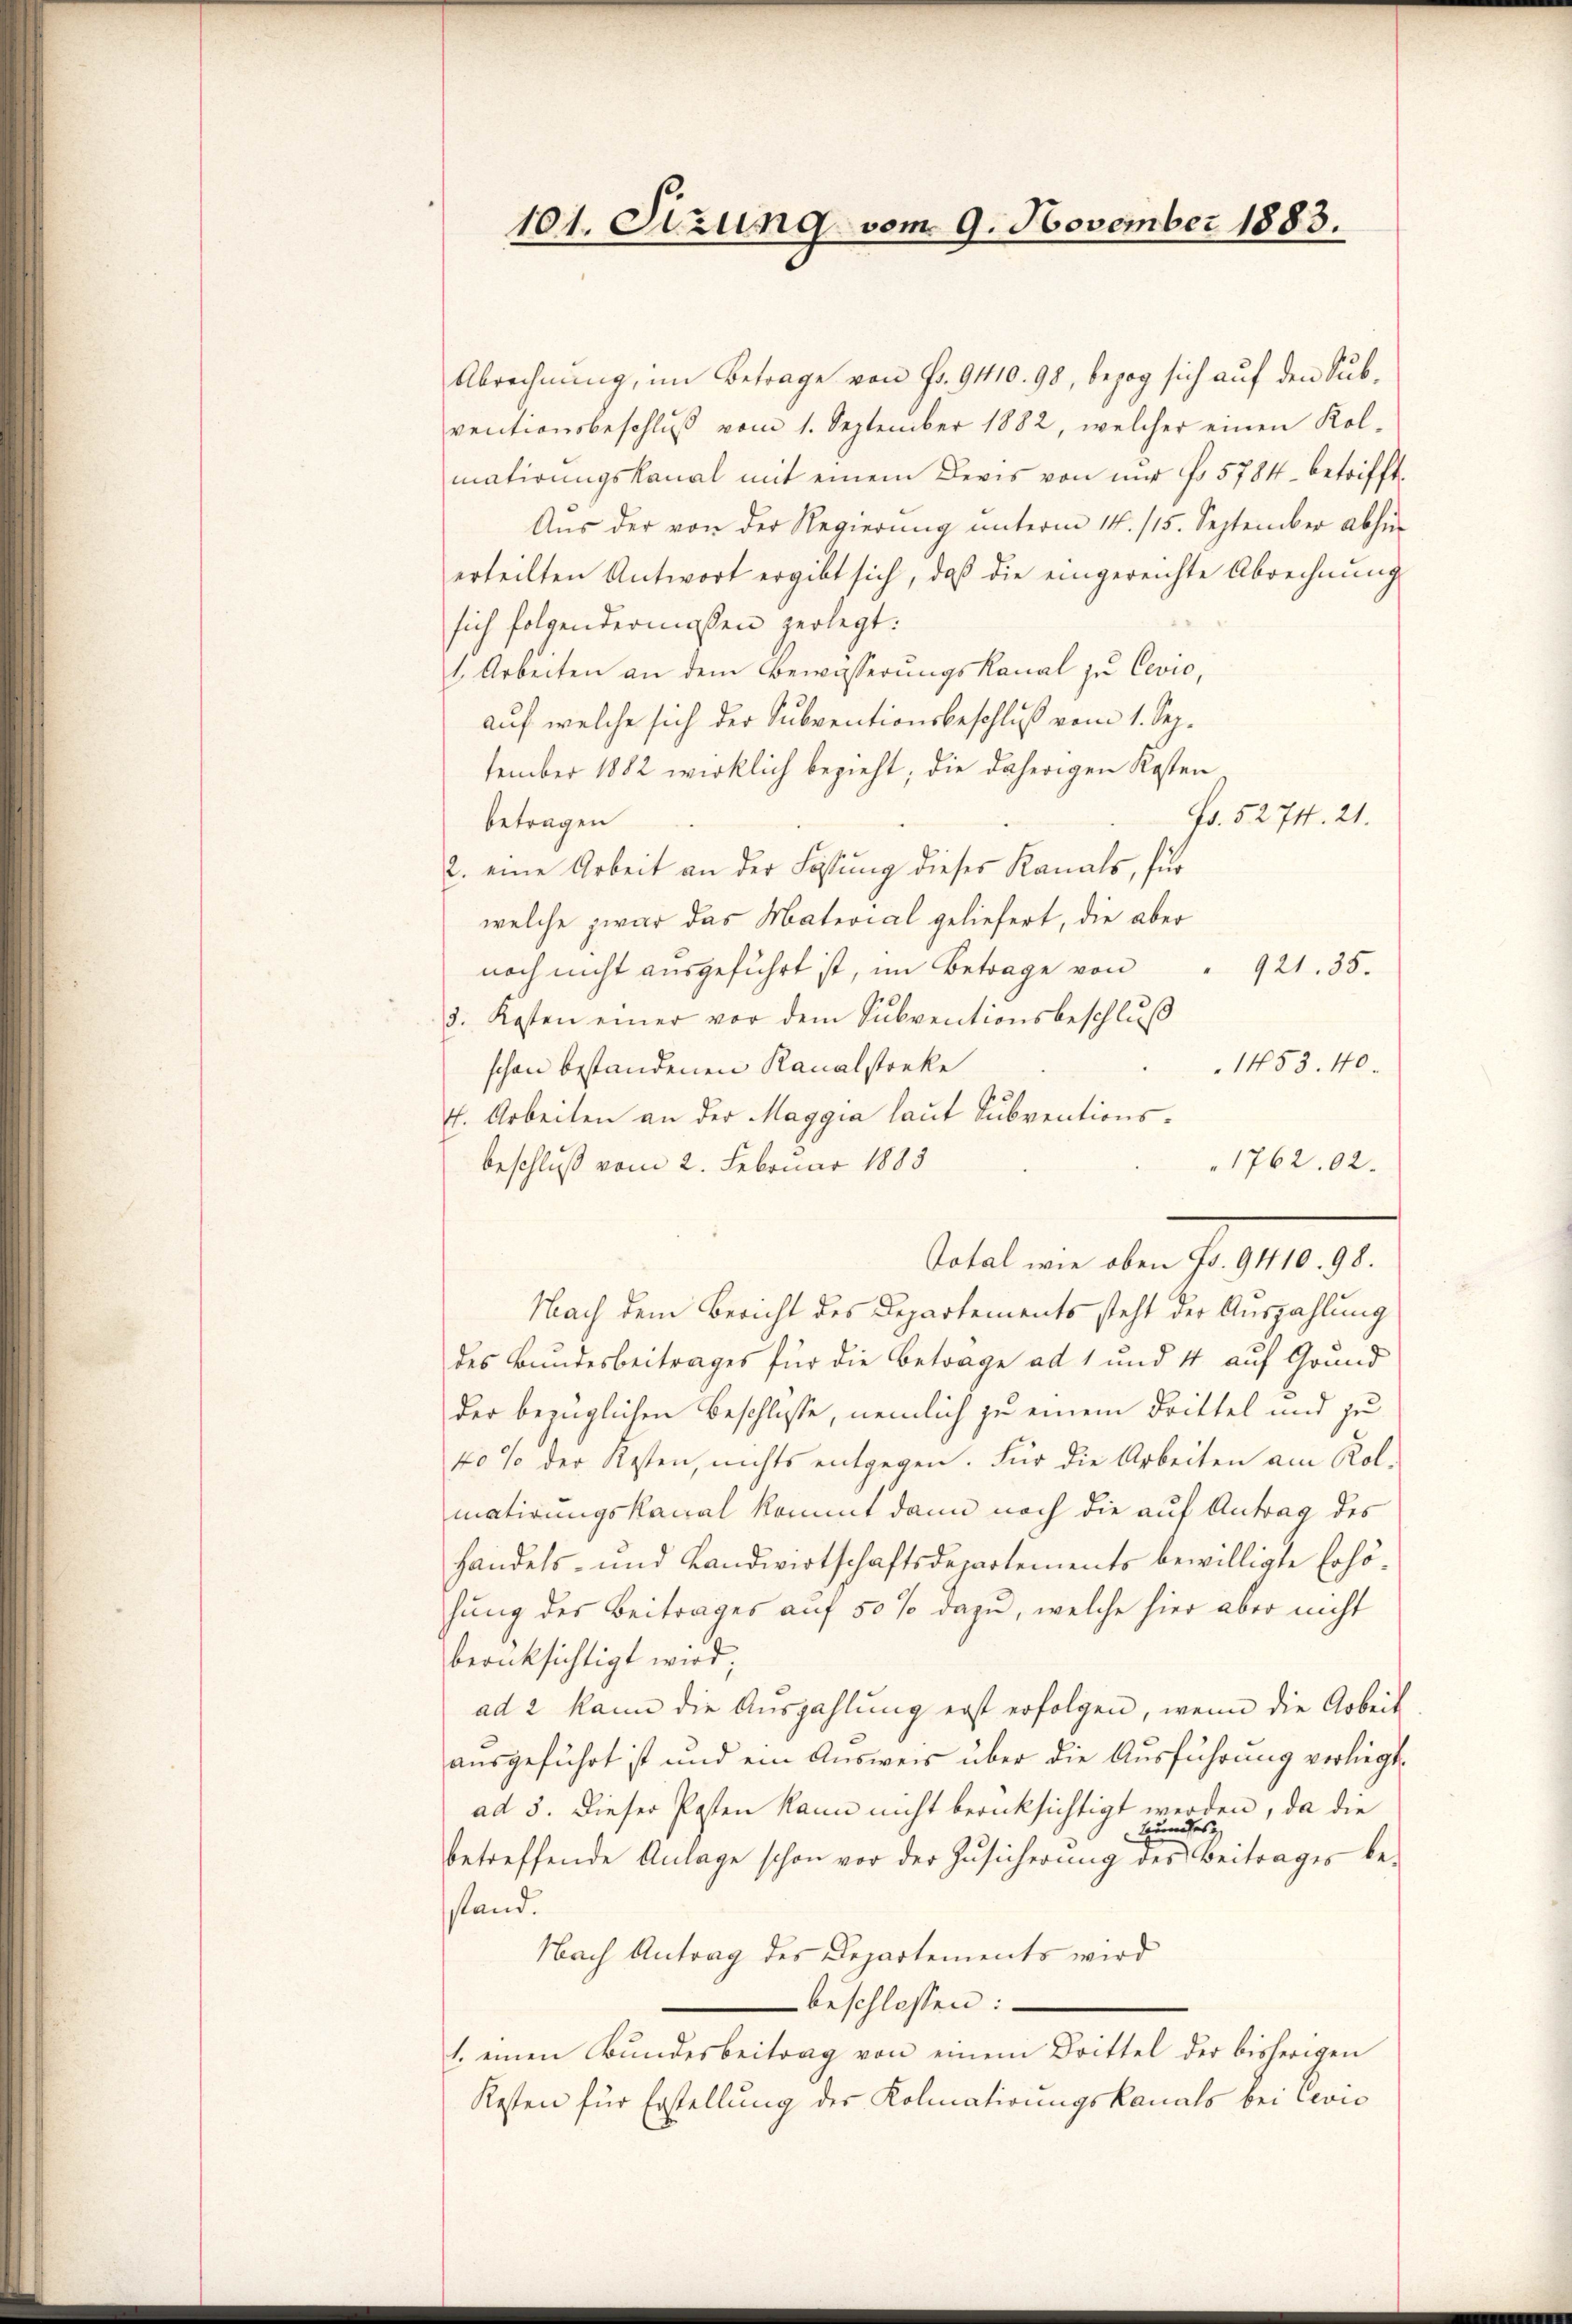
101. Sizung vom 9. November 1883.

Abrechnung, im Betrage von Fr. 9410. 98, bezog sich auf den Subventionsbeschlŭβ vom 1. September 1882, welcher einen Kol-
matirŭngskanal mit einem Devis von mir fo 5784. betrifft,
Aŭs der von der Regierŭng ŭnterm 14. 115. September abhi
erteilten Antwort ergibt sich, daß die eingereichte Abrechnung
sich folgendermaßen zerlegt:
1. Arbeiten an dem Bewässerŭngskanal zu Cevio,
auf welche sich der Subventionsbeschluß vom 1. Sep.
tember 1882 wirklich bezieht, die daherigen Kosten
Fr. 5274. 21.
betragen
2. eine Arbeit an der Lösung dieses Kanals, für
welche zwar das Material geliefert, die aber
noch nicht ausgeführt ist, im Betrage von
921. 35.
3. Kosten einer vor dem Subventionsbeschlŭβ
1453. 40.
schon bestandenen Kanalstreke
E. Arbeiten an der Maggia laut Subventions¬
1762,02.
beschluß vom 2. Februar 1883
elation der f. 1890.
Nach dem Bericht des Departements steht der Auszahlung
des Bundesbeitrages für die Betrage ad 1 und 4 auf Grund
der bezüglichen Beschlüsse, nemlich zu einem Drittel und zu
40 % der Kosten, nichts entgegen. Für die Arbeiten am Kol-
matirungskanal kommt dann noch die auf Antrag des
handels- und Landwirtschaftsdepartements bewilligte Erhöhung des Beitrages auf 50 % dazu, welche hier aber nicht
berücksichtigt wird;
ad 2 kann die Auszahlung erst erfolgen, wenn die Arbeit
ausgeführt ist und ein Ausweis über die Ausführung verliegt,
ad 5. Dieser Posten kann nicht berücksichtigt werden, da die
Hundes
betreffende Anlage schon vor der Zusicherung des Beitrages bestand.
Nach Antrag des Departements wird
beschlossen:
1. einen Bŭndesbeitrag von einem Drittel der bisherigen
Kosten für Erstellung des Kolmatirungskanals bei Con